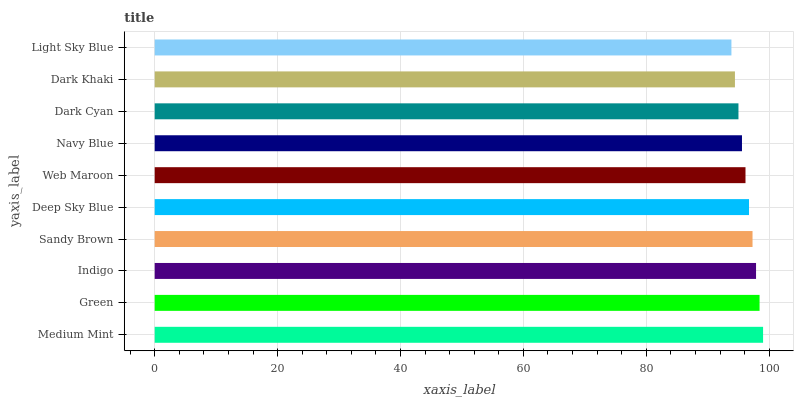
| yaxis_label | bars |
 | --- | --- |
 | Medium Mint | 99 |
 | Green | 98.4 |
 | Indigo | 97.9 |
 | Sandy Brown | 97.3 |
 | Deep Sky Blue | 96.7 |
 | Web Maroon | 96.1 |
 | Navy Blue | 95.6 |
 | Dark Cyan | 95 |
 | Dark Khaki | 94.4 |
 | Light Sky Blue | 93.8 |